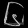
Digit: ၆